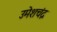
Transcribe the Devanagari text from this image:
उमेशचंद्र